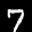
Label: 7